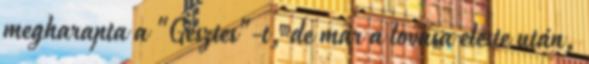
megharapta a "Gesztes"-t, de már a lovasa eleste után,